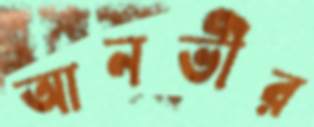
আনভীর